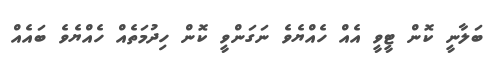
ބަލާނީ ކޮން ޓީވީ އެއް ހެއްޔެވެ ނަގަންވީ ކޮން ހިދުމަތެއް ހެއްޔެވެ ބައެއް